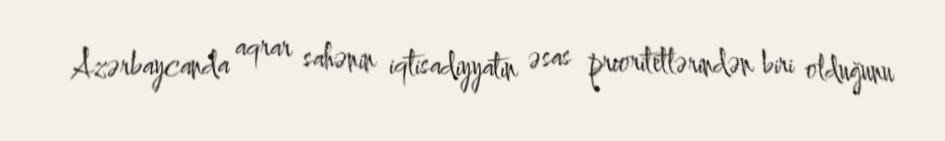
Azərbaycanda aqrar sahənin iqtisadiyyatın əsas prioritetlərindən biri olduğunu